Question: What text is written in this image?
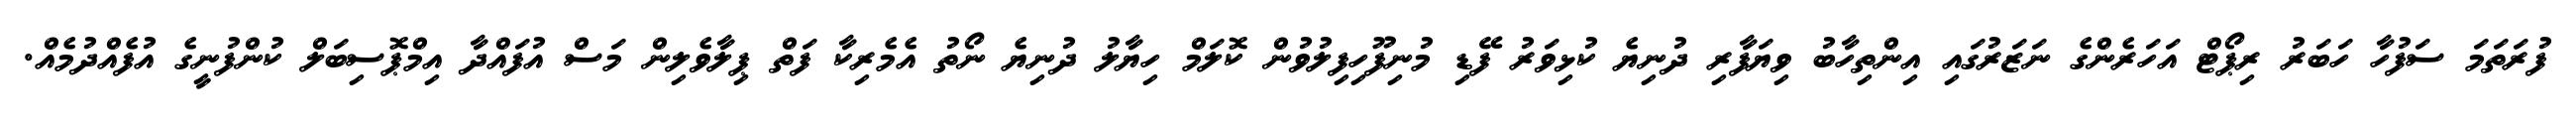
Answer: ފުރަތަމަ ސަފުހާ ހަބަރު ރިޕޯޓް އަހަރެންގެ ނަޒަރުގައި އިންތިހާބު ވިޔަފާރި ދުނިޔެ ކުޅިވަރު ފޭޑި މުނިފޫހިފިލުވުން ކޮލަމް ހިޔާލު ދުނިޔެ ނޯތު އެމެރިކާ ފަތް ޕިލާވެލިން މަސް އުފައްދާ އިމްޕޮސިބަލް ކުންފުނީގެ އުފެއްދުމެއް.